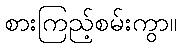
စားကြည့်စမ်းကွာ။